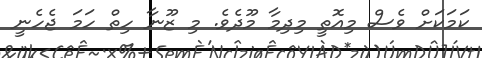
ކަމަކަށް ވެސް މިއޮތީ މިދިމާ މޫދެވެ. މި ޒޫނާ ހިތް ހަމަ ޖެހެނީ